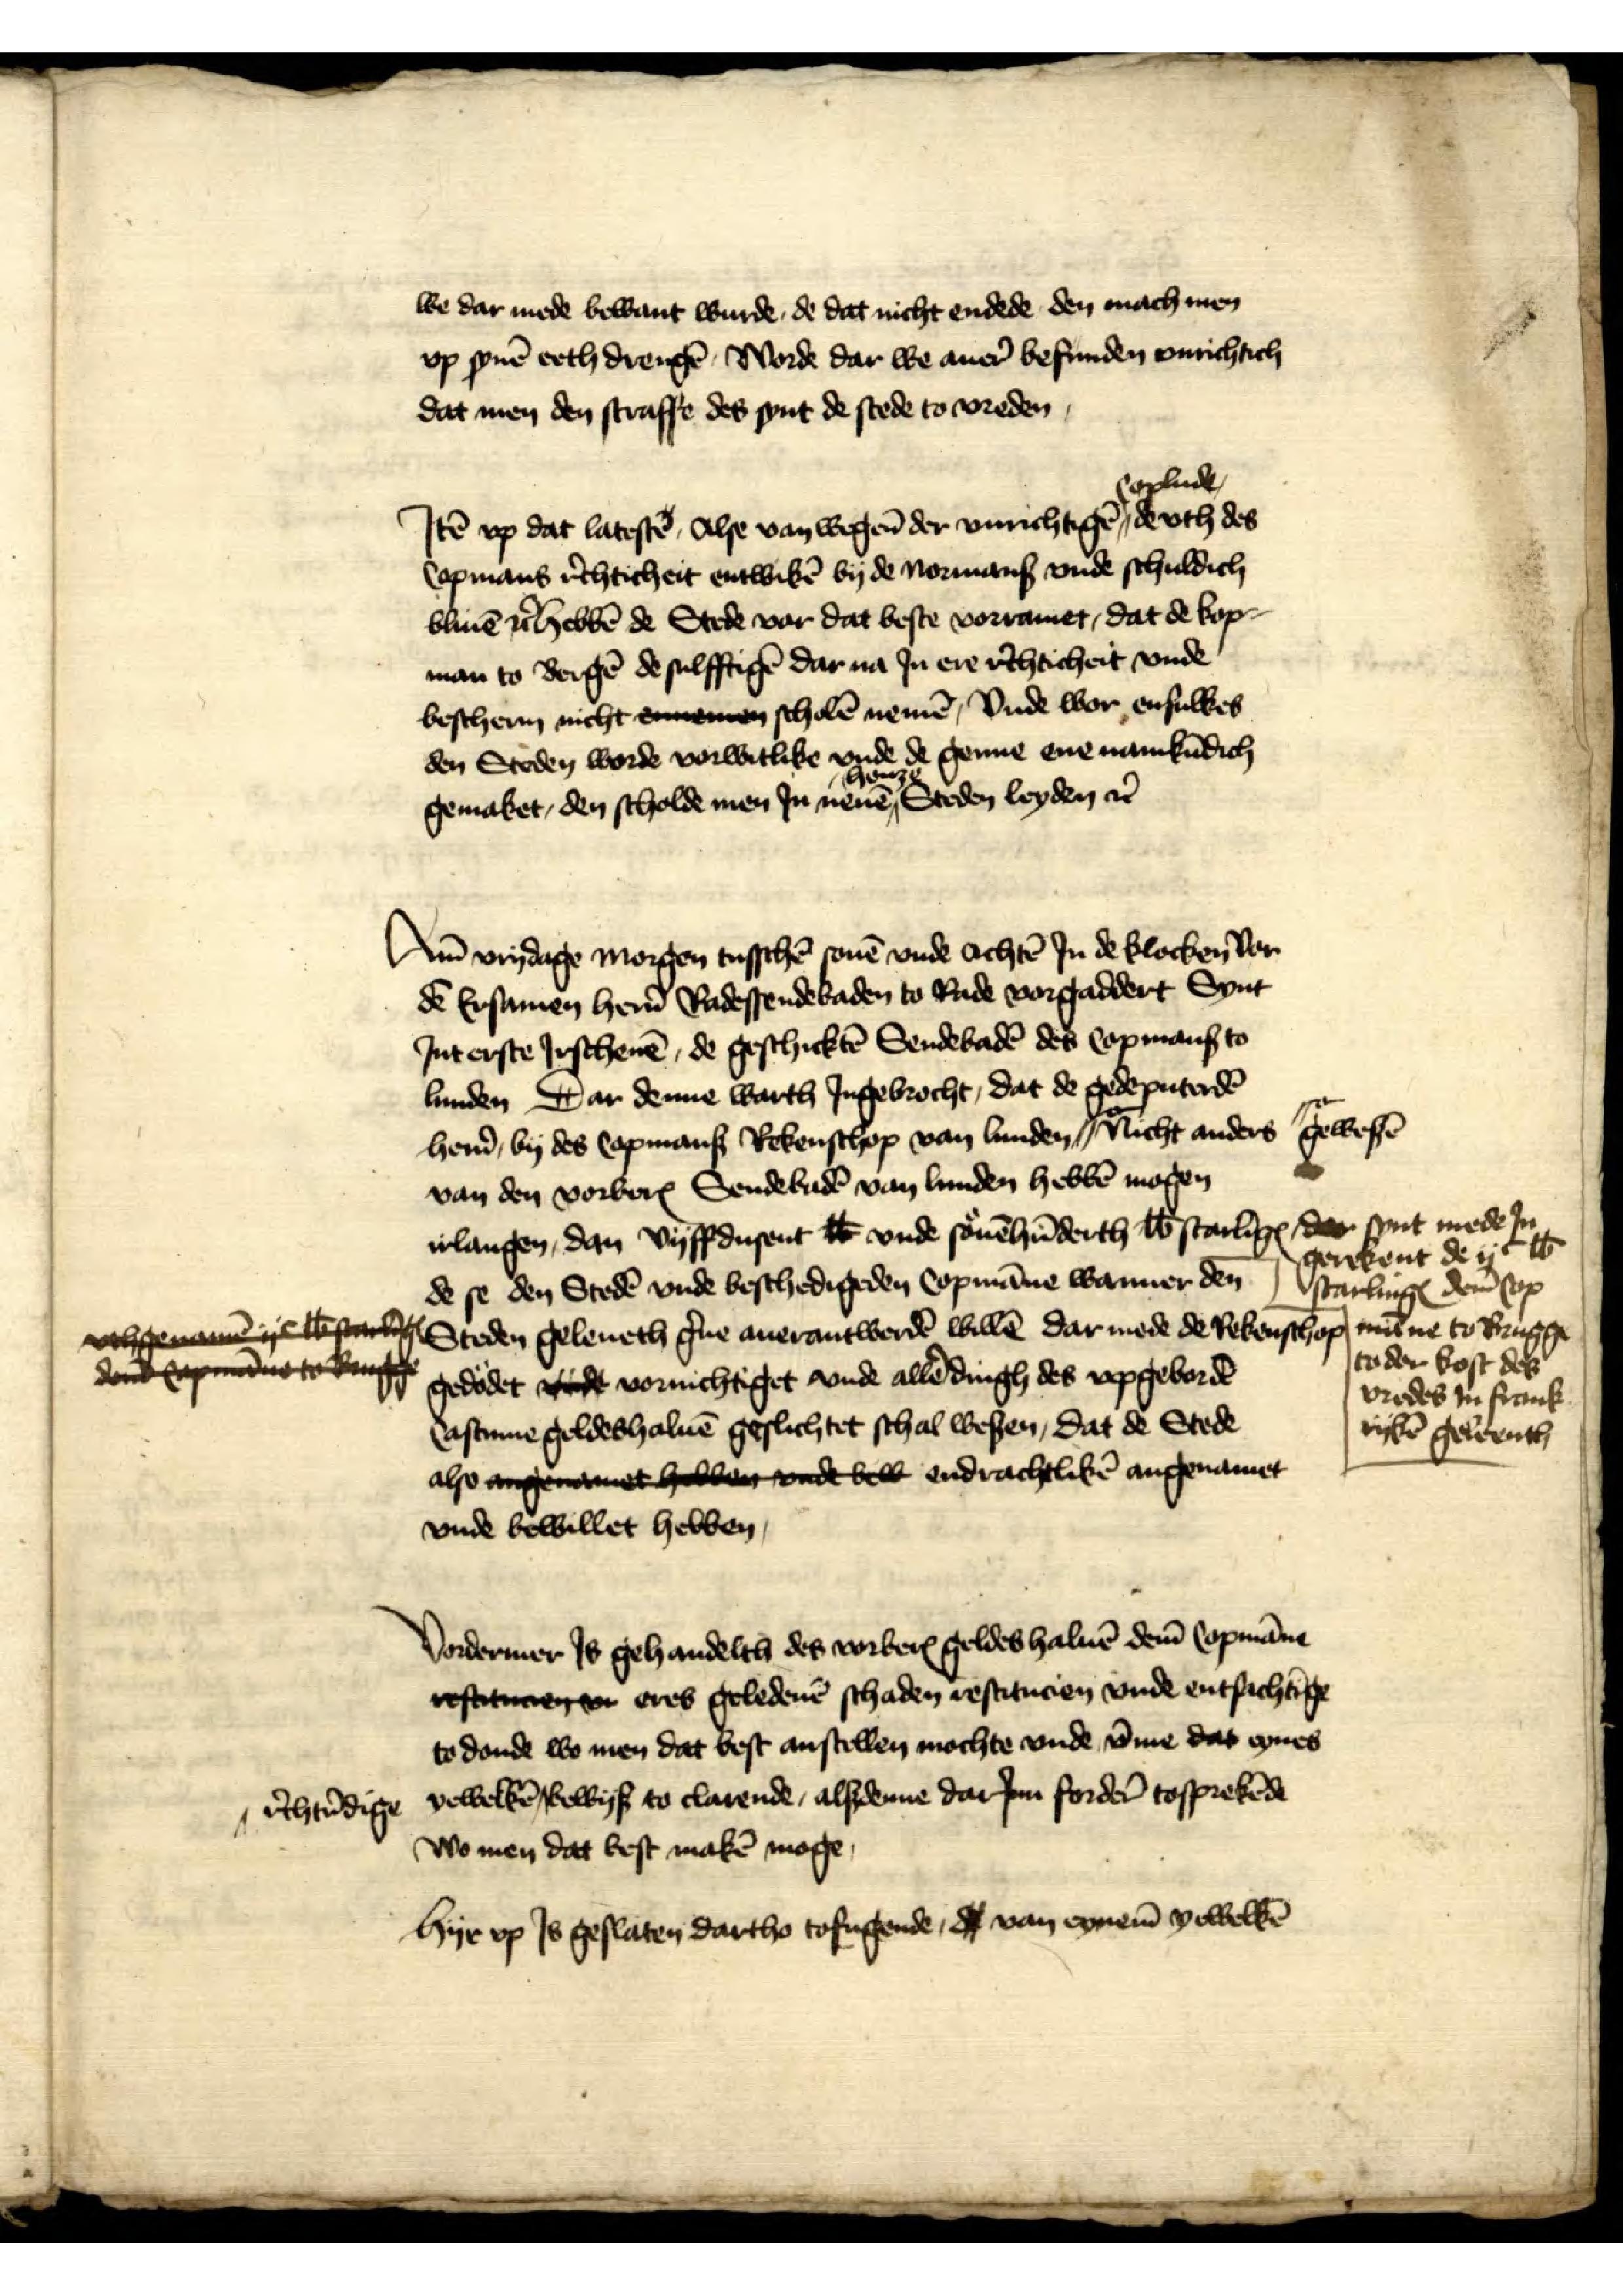
we dar mede bewant wurde, de dat nicht endede den mach men
vp synē eeth drengē, Worde dar we auer befunden vnrichtich
dat men den straffe des synt de stede to vreden

Jꝷ vp dat latestē, Alse van wegen̄ der vnrichtigē Coplude de vth des
Copmans r̉chticheit entwikē by de normans vnde schuldich
bliuē et̉  hebbē de Stede vor dat beste vorramet, dat de kop¬
man to Bergē de sulfftigē dar na Jn ere r̉chticheit vnde
beschern nicht ennemen scholē nemē, vnde wor ensulkes
den Steden worde vorwitlike vnde de genne ene namkūdich
gemaket, den scholde men Jn nene henze Steden leyden et̉

Am vrydage morgen tusschē souē vnde achtē Jn de klocken dar
dē Ersamen her̉n Radessendebaden to Rade vorgaddert Synt
Jnt erste Jrschenē, de geschicktē Sendebadē des Copmans to
Lunden Dar denne warth Jngebrocht, dat de gedeputerdē
her̉n by des Copmans Rokenschop van Lunden ||o- Nicht anders
van den vorberꝬ Sendebadē van Lunden hebbē mogen
irlangen dan vyffdusent ℔ vnde souēhūderth ℔ starlingꝬ dar synt mede Jn gerekent de ijc ℔ starlingꝬ dem̄ Copmā me to Brugge to der kost des vredes in Frankrykē geleenth
de se den Stedē vnde beschedigeden Copmāne wanner den
Steden geleneth g̉ne auerantwerdē willē dar mede de Rekenschop
gedodet vnde vornichtiget vnde allē dingh des vpgebordē
Castume geldes haluē geslichtet schal wesen, dat de Stede
also angenamet hebben vnde bed endrachtlikē angenamet
vnde bewillet hebben

||o- gewesē

vthgename ie we
de manneda
de se den Stedē vnde beschedigeden Copmāne wanner den
Steden geleneth g̉ne auerantwerdē willē dar mede de Rekenschop
gedodet vnde vornichtiget vnde allē dingh des vpgebordē
also angenamet hebben vnde bed endrachtlikē angenamet

Vordermer Js gehandelth des vorberꝬ geldes haluē dem̄ Copmāne
iefste en eres geledenē schaden restitucien vnde entfachīge
to donde wo men dat best anstellen mochte vnde v̄me dat eynes
yewelkē ^ bewys to clarende, alsdenne darJnn forder̉ tosprekēde
wo men dat best makē moge

^ r̉chtủdige

Hyr vp Js geslaten dartho tofugende, d van eynem̄ yewelkē